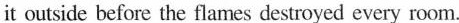
it outside before the flames destroyed every room.